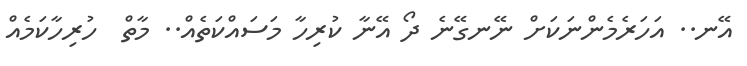
އޭނ.. އަހަރެމެންނަކަށް ނޭނގޭނެ ދޯ އޭނާ ކުރިހާ މަސައްކަތެއް.. މާތް  ހުރިހާކަމެއް